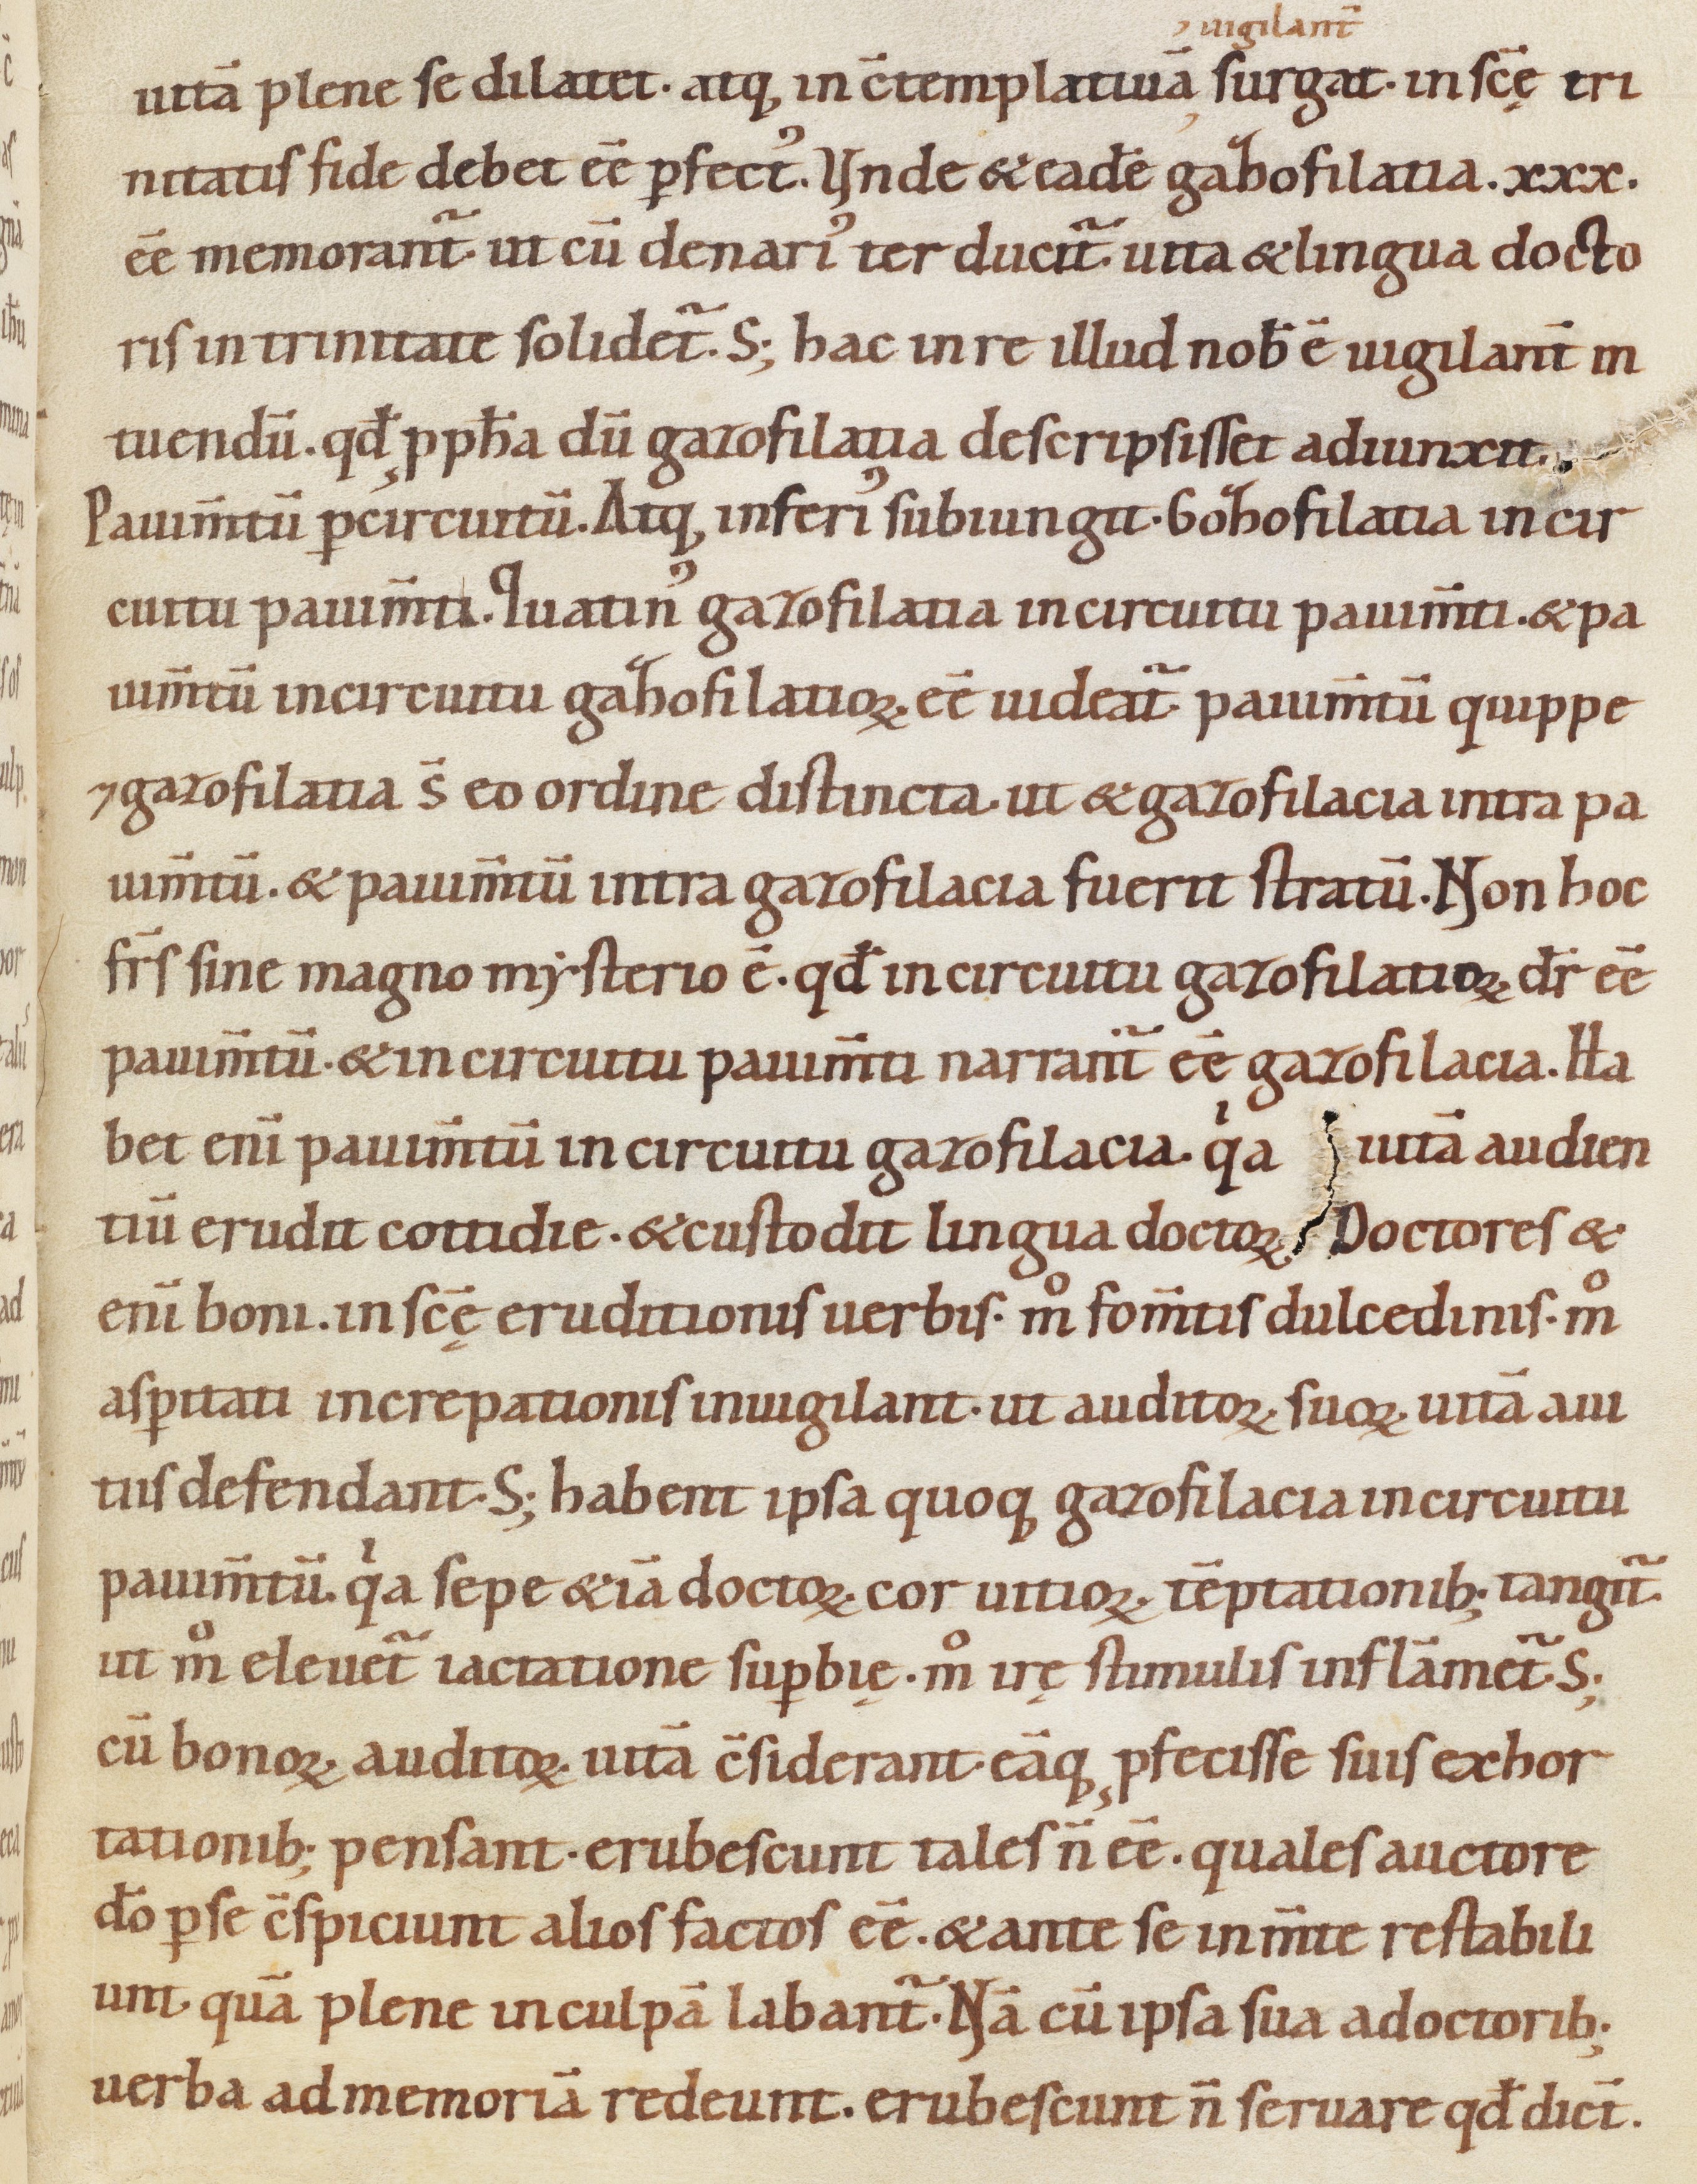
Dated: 1080–1096